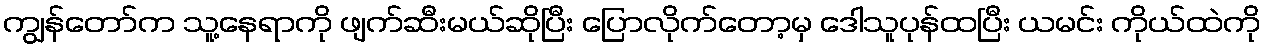
ကျွန်တော်က သူ့နေရာကို ဖျက်ဆီးမယ်ဆိုပြီး ပြောလိုက်တော့မှ ဒေါသူပုန်ထပြီး ယမင်း ကိုယ်ထဲကို